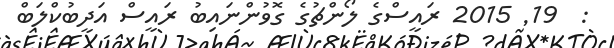
:  19